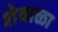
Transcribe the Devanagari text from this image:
शेवाळा